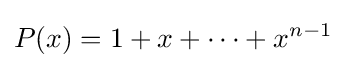
P(x)=1+x+\cdots +x^{n-1}